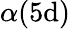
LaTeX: \alpha(5\mathrm{d})